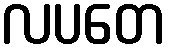
လပတေ